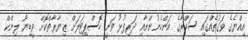
އިއްޔެގެ ވަގުތެއްގައި ސަކްރާގެ އަންހެނުންނާއި ދަރިފުޅު ވަނީ ހޮސްޕިޓަލަށް ޒިޔާރާތްކޮށް ވީޑިޔޯ ލިންކް